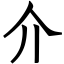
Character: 介